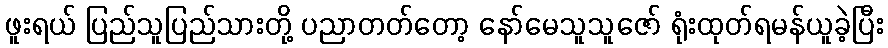
ဖူးရယ် ပြည်သူပြည်သားတို့ ပညာတတ်တော့ နော်မေသူသူဇော် ရုံးထုတ်ရမန်ယူခဲ့ပြီး